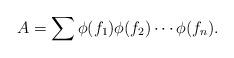
LaTeX: \begin{align*}A=\sum \phi (f_{1}) \phi (f_{2})\cdots \phi (f_{n}).\end{align*}